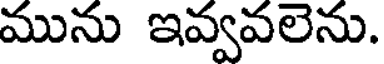
మును ఇవ్వవలెను.